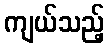
ကျယ်သည့်